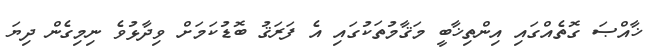
ޚާއްޞަ ގޮތެއްގައި އިންތިޚާބީ މަޤާމުތަކުގައި އެ ފަރަޤު ބޮޑުކަމަށް ވިދާޅުވެ ނިމިގެން ދިޔަ